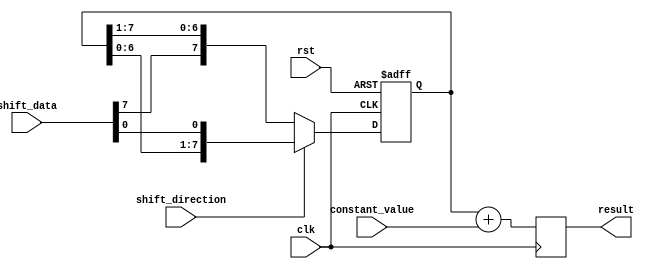
module ShiftAndAdd (
    input wire clk,
    input wire rst,
    input wire shift_direction,
    input wire [7:0] shift_data,
    input wire [7:0] constant_value,
    output reg [7:0] result
);

reg [7:0] shift_register;

always @ (posedge clk or posedge rst) begin
    if (rst) begin
        shift_register <= 8'b0;
    end else begin
        if (shift_direction) begin
            shift_register <= {shift_register[6:0], shift_data[0]};
        end else begin
            shift_register <= {shift_data[7], shift_register[7:1]};
        end
    end
end

always @ (posedge clk) begin
    result <= shift_register + constant_value;
end

endmodule